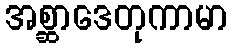
အစ္ဆာဒေတုကာမာ